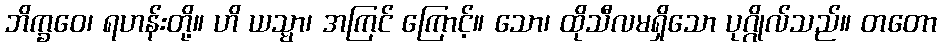
ဘိက္ခဝေ၊ ရဟန်းတို့။ ဟိ ယသ္မာ၊ အကြင် ကြောင့်။ သော၊ ထိုသီလမရှိသော ပုဂ္ဂိုလ်သည်။ တတော